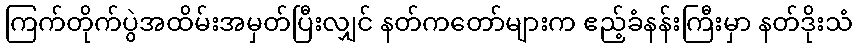
ကြက်တိုက်ပွဲအထိမ်းအမှတ်ပြီးလျှင် နတ်ကတော်များက ဧည့်ခံနန်းကြီးမှာ နတ်ဒိုးသံ